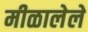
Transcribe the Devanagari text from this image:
मीळालेले